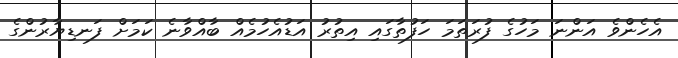
އެހެންވެ އަންނަ މަހުގެ ފުރަތަމަ ހަފުތާގައި އިތުރު އަޑުއެހުމެއް ބާއްވާނެ ކަމަށް ފަނޑިޔާރުންގެ